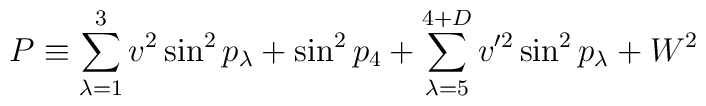
P\equiv \sum_{\lambda=1}^{3}v^2\sin^2 p_{\lambda}+\sin^2 p_4 +\sum_{\lambda=5}^{4+D}v'^2\sin^2 p_{\lambda} + W^2